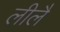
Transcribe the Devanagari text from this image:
लीलै